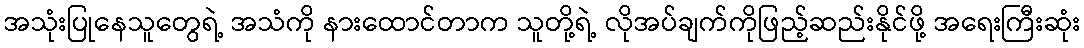
အသုံးပြုနေသူတွေရဲ့ အသံကို နားထောင်တာက သူတို့ရဲ့ လိုအပ်ချက်ကိုဖြည့်ဆည်းနိုင်ဖို့ အရေးကြီးဆုံး